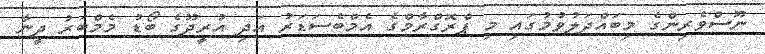
ނޫސްވެރިންގެ މިބައްދަލުވުމުގައި މި ޕްރޮގްރާމްގެ އެމްބެސަޑަރު އަދި އުރީދޫގެ ބޯޑު މެމްބަރު ދީނާ